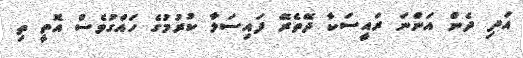
އަދި ދެން އަންނަ ރައީސަކާ ދޭތެރޭ ފައިސަލާ ކުރުމުގެ ހައްގުވެސް އޮތީ ތި